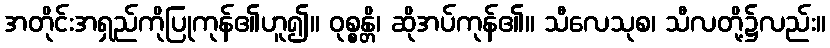
အတိုင်းအရှည်ကိုပြုကုန်၏ဟူ၍။ ဝုစ္စန္တိ၊ ဆိုအပ်ကုန်၏။ သီလေသုစ၊ သီလတို့၌လည်း။